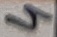
Text: 4